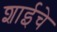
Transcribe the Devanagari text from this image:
शाईचे